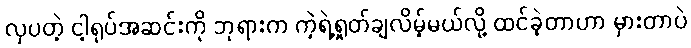
လှပတဲ့ ငါ့ရုပ်အဆင်းကို ဘုရားက ကဲ့ရဲ့ရှုတ်ချလိမ့်မယ်လို့ ထင်ခဲ့တာဟာ မှားတာပဲ